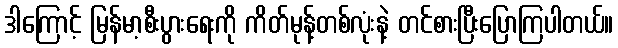
ဒါကြောင့် မြန်မာ့စီးပွားရေးကို ကိတ်မုန့်တစ်လုံးနဲ့ တင်စားပြီးပြောကြပါတယ်။